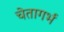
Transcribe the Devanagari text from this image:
चेतागर्भ